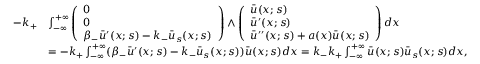
\begin{array} { r l } { - k _ { + } } & { \int _ { - \infty } ^ { + \infty } \left( \begin{array} { l } { 0 } \\ { 0 } \\ { \beta _ { - } \bar { u } ^ { \prime } ( x ; s ) - k _ { - } \bar { u } _ { s } ( x ; s ) } \end{array} \right) \wedge \left( \begin{array} { l } { \bar { u } ( x ; s ) } \\ { \bar { u } ^ { \prime } ( x ; s ) } \\ { \bar { u } ^ { \prime \prime } ( x ; s ) + a ( x ) \bar { u } ( x ; s ) } \end{array} \right) d x } \\ & { = - k _ { + } \int _ { - \infty } ^ { + \infty } ( \beta _ { - } \bar { u } ^ { \prime } ( x ; s ) - k _ { - } \bar { u } _ { s } ( x ; s ) ) \bar { u } ( x ; s ) d x = k _ { - } k _ { + } \int _ { - \infty } ^ { + \infty } \bar { u } ( x ; s ) \bar { u } _ { s } ( x ; s ) d x , } \end{array}